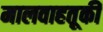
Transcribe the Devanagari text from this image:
मालवाहतूकी